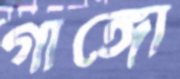
গাঙ্গো